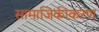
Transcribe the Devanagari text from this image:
सामाजिकीकरण